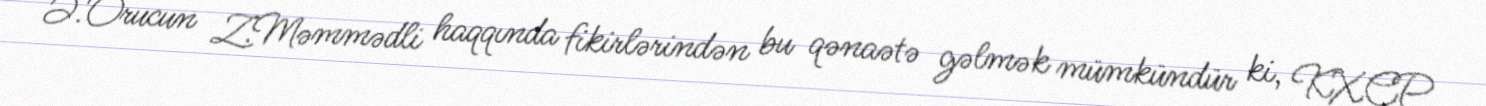
Ə.Orucun Z.Məmmədli haqqında fikirlərindən bu qənaətə gəlmək mümkündür ki, KXCP